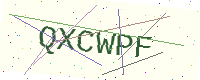
Text: QXCWPF